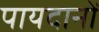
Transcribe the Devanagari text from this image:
पायदानों